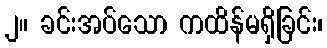
၂။ ခင်းအပ်သော ကထိန်မရှိခြင်း၊